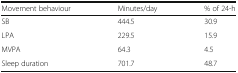
<table><thead><tr><td><b>Movement behaviour</b></td><td><b>Minutes/day</b></td><td><b>% of 24-h</b></td></tr></thead><tbody><tr><td>SB</td><td>444.5</td><td>30.9</td></tr><tr><td>LPA</td><td>229.5</td><td>15.9</td></tr><tr><td>MVPA</td><td>64.3</td><td>4.5</td></tr><tr><td>Sleep duration</td><td>701.7</td><td>48.7</td></tr></tbody></table>